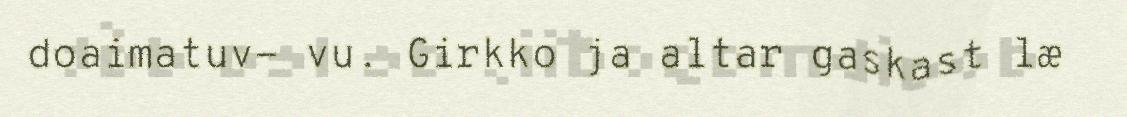
doaimatuv- vu. Girkko ja altar gaskast læ